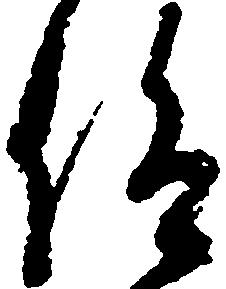
仰